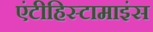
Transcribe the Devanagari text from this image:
एंटीहिस्टामाइंस